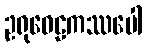
ဥရုဝေဠကဿပေါ